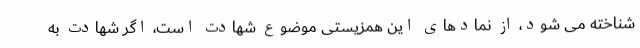
شناخته می شود، از نمادهای این همزیستی موضوع شهادت است، اگر شهادت به